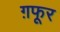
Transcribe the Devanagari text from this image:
ग़फूर